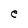
Character: e